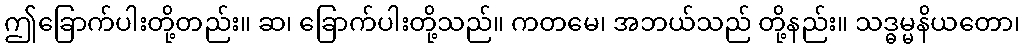
ဤခြောက်ပါးတို့တည်း။ ဆ၊ ခြောက်ပါးတို့သည်။ ကတမေ၊ အဘယ်သည် တို့နည်း။ သဒ္ဓမ္မနိယတော၊